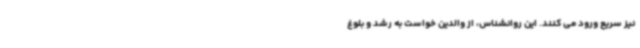
نیز سریع ورود می کنند. این روانشناس، از والدین خواست به رشد و بلوغ